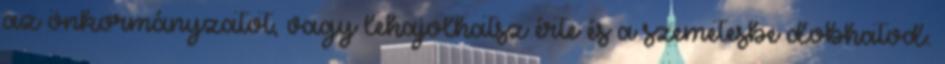
az önkormányzatot, vagy lehajolhatsz érte és a szemetesbe dobhatod.